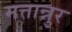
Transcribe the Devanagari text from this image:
मत्तान्नुर